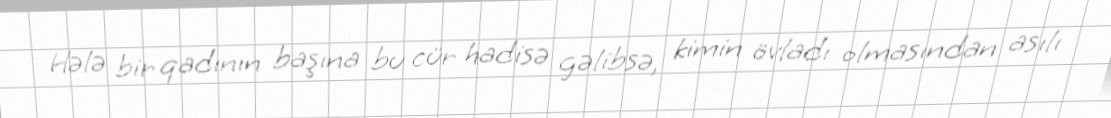
Hələ bir qadının başına bu cür hadisə gəlibsə, kimin övladı olmasından asılı